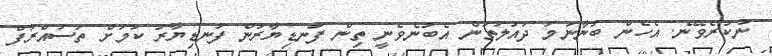
ނުކުރެވޭނެ. އެހެން ބުނާނަމަ ދައުލަތުން އެބުނެވެނީ ތިން ފަނޑިޔާރުން ފަނޑިޔާރު ކަމަށް ތަސައްރަފް